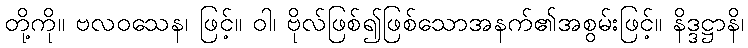
တို့ကို။ ဗလဝသေန၊ ဖြင့်။ ဝါ၊ ဗိုလ်ဖြစ်၍ဖြစ်သောအနက်၏အစွမ်းဖြင့်။ နိဒ္ဒဋ္ဌာနိ၊